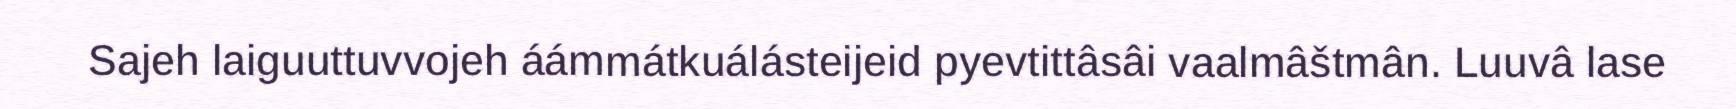
Sajeh laiguuttuvvojeh áámmátkuálásteijeid pyevtittâsâi vaalmâštmân. Luuvâ lase